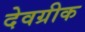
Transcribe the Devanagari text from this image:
देवग्रीक